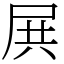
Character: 𡱒